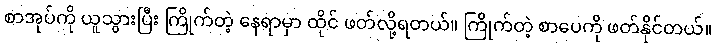
စာအုပ်ကို ယူသွားပြီး ကြိုက်တဲ့ နေရာမှာ ထိုင် ဖတ်လို့ရတယ်။ ကြိုက်တဲ့ စာပေကို ဖတ်နိုင်တယ်။